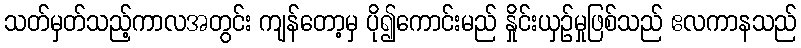
သတ်မှတ်သည့်ကာလအတွင်း ကျန်တော့မှ ပို၍ကောင်းမည် နှိုင်းယှဉ်မှုဖြစ်သည် ဧလကာနသည်